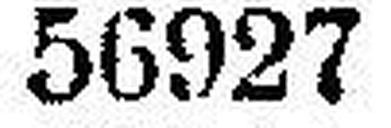
56927